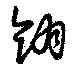
翎